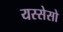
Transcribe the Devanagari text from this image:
यस्सेसो